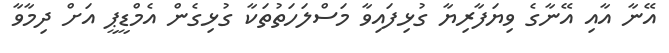
އޭނާ އާއި އޭނާގެ ވިޔަފާރިޔާ ގުޅިފައިވާ މަސްލަހަތުތަކާ ގުޅިގެން އެމްޑީޕީ އަށް ދިމާވާ